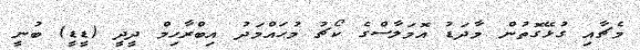
މެޗާއި ގުޅޭގޮތުން މާދަޑު އޮމަލާސްގެ ކޯޗު މުޙައްމަދު އިބްރާހިމް ދީދީ (ޑީޑީ) ބުނީ